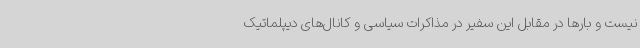
نیست و بارها در مقابل این سفیر در مذاکرات سیاسی و کانال‌های دیپلماتیک